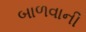
બાળવાની